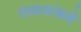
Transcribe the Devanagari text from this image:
तलावांकडे